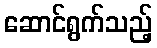
ဆောင်ရွက်သည့်